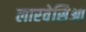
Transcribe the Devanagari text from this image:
लारवेसिआ